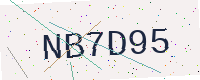
Text: NB7D95